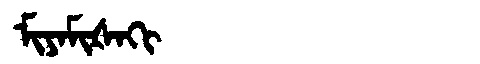
Manchu: ᠮᡳᠶᠠᠮᡳᡧᠠᡴᡳ
Romanization: MIYAMIŠAKI